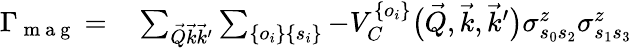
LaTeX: \begin{array}{rl}{\Gamma_{\mathrm{~m~a~g~}}=}&{{}\sum_{\vec{Q}\vec{k}\vec{k}^{\prime}}\sum_{\{ o_{i}\} \{ s_{i}\} }-V_{C}^{\{ o_{i}\} }\big(\vec{Q},\vec{k},\vec{k}^{\prime}\big)\sigma_{s_{0}s_{2}}^{z}\sigma_{s_{1}s_{3}}^{z}}\end{array}